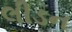
લીડન